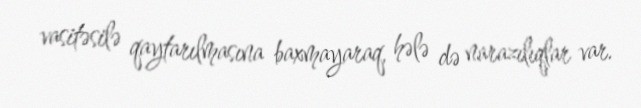
vasitəsilə qaytarılmasına baxmayaraq, hələ də narazılıqlar var.